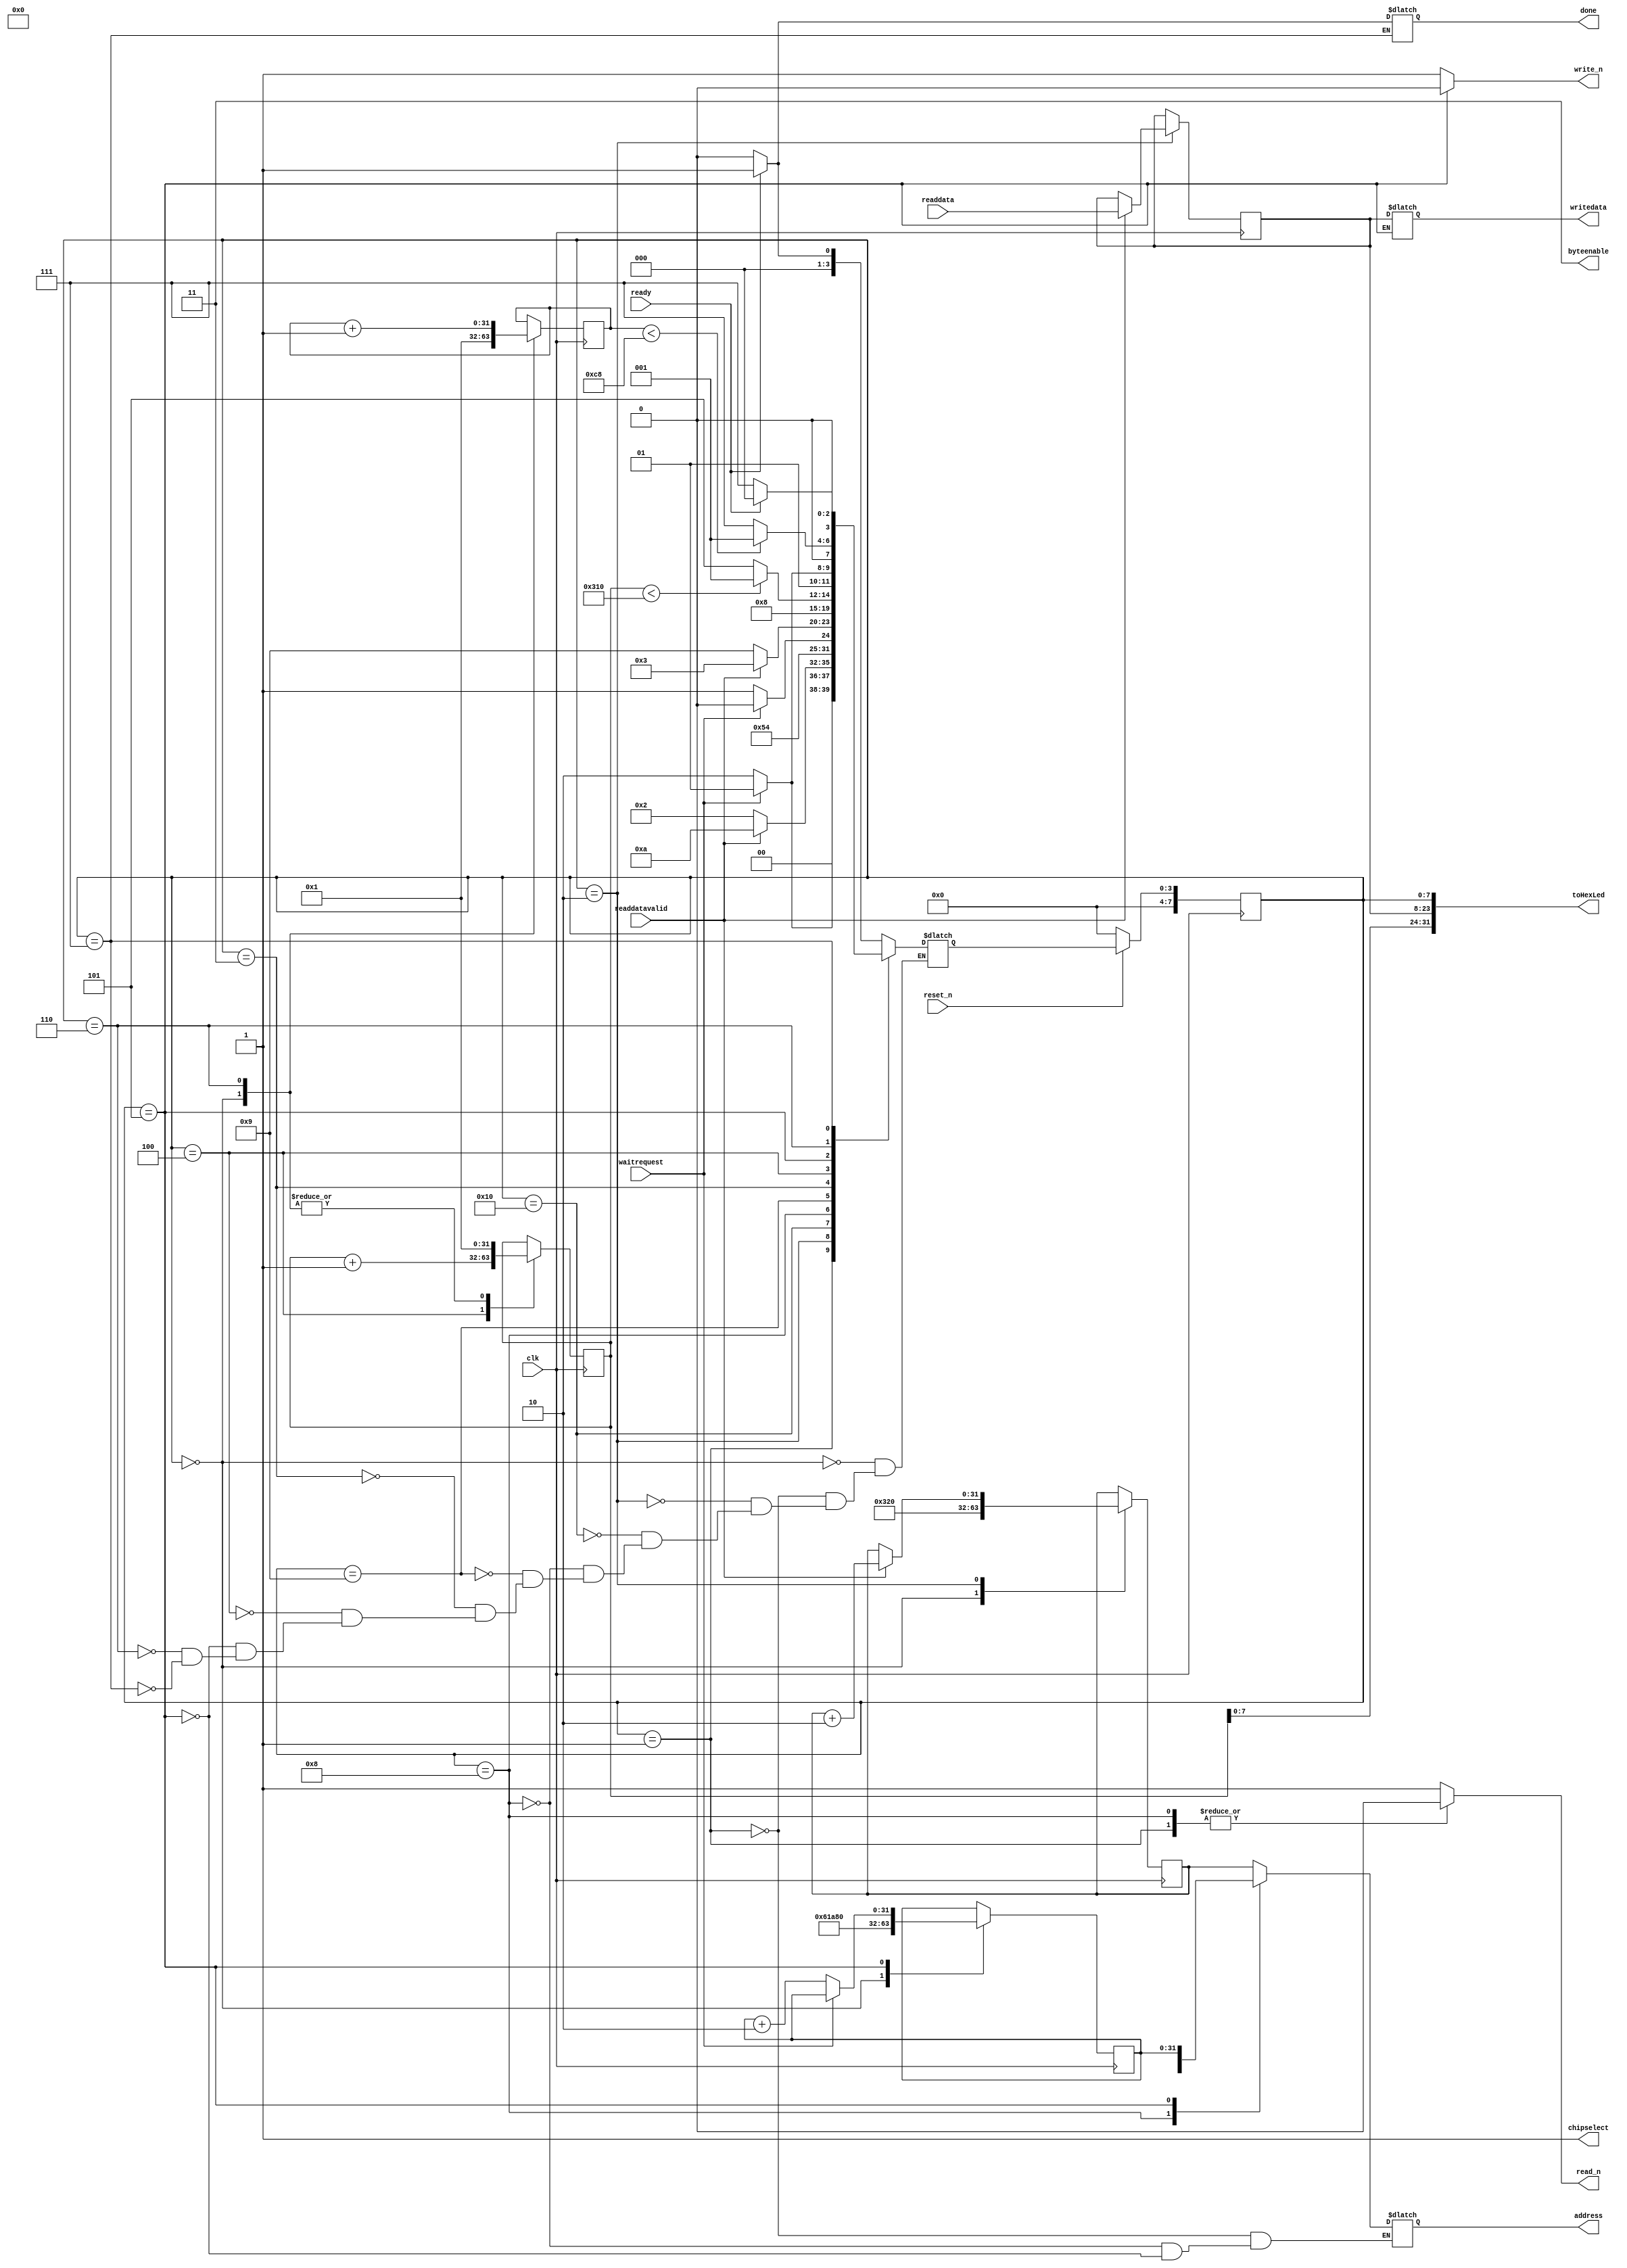
module read_w1(
input clk,
input reset_n,
input waitrequest,
input readdatavalid,
input [15:0] readdata,

output chipselect,
output [1:0] byteenable,
output reg read_n,
output reg write_n,

output reg [15:0] writedata,
output reg [31:0] address,

input ready,
output reg done,
output [31:0] toHexLed
);



	reg [15:0] data = 16'hF00D;
	reg [7:0] state;
	reg [7:0] nextstate = 0;
	reg [31:0] addr = 600_000;
	reg [31:0] addw = 650_000;
	reg [31:0] counter = 1;
	reg[31:0] counter2 = 1;
	reg [783:0] image;

	assign toHexLed = {counter,data,state};

	assign chipselect = 1;
	assign byteenable = 2'b11;

	localparam base_w1 = 32'd800;
	localparam base_layer1 = 32'd400_000;
	
	always @ (posedge clk)
	begin
		state <= nextstate;
		if(reset_n == 0)
		begin
			state <= 0;
		end
	end

	always @ (posedge clk)
	begin
		counter <= counter;
		counter2 <= counter2;
		addr <= addr;
		addw <= addw;
		
		case(state)
			8'h0:
			begin
				counter <= 1;
				counter2 <= 1;
				addr <= base_w1;
				addw <= base_layer1;
			end

			// Read request
			8'h1:
			begin

			end

			// Read request pt2
			8'h2:
			begin
				data <= (readdatavalid) ? readdata : data;
				addr <= (readdatavalid) ? addr + 2 : addr;
			end

			// add
			8'h3:
			begin
				total <= (1) ? data + total : total;
			end
			
			// increase counter until 784
			8'h4:
			begin
				counter <= counter + 1;
			end
			
			// Write request
			8'h5:
			begin
				addw <= (waitrequest) ? addw : addw + 2;
			end
			// cont2
			8'h6:
			begin
				total <= 0;
				counter <= 1;
				counter2 <= counter2 + 1;
			end
		endcase
	end

	always @ (*)
	begin
		read_n <= 1;
		write_n <= 1;
		address <= address;

		case(state [7:0])
			// Wait for ready == 1
			8'h0:
			begin
				nextstate <= (ready) ? 1 : 0;
			end

			// Read request
			8'h1:
			begin
				read_n <= 0;
				address <= addr;
				nextstate <= (!waitrequest) ? 2 : 1;
			end

			// Read request pt2
			8'h2:
			begin
				nextstate <= (readdatavalid) ? 10 : 2;
			end
			
			8'h10:
			begin
				nextstate <= (delay == 5) ? 8 : 10;
			end
			
			
			8'h8:
			begin
				read_n <= 0;
				address <= addr_img;
				nextstate <= (!waitrequest) ? 9: 8;
			end
			
			8'h9:
			begin
				nextstate <= (readdatavalid) ? 3: 9;
			end
			
			// add
			8'h3:
			begin
				nextstate <= 4;
			end
			
			// have we read 784 times
			8'h4:
			begin
				nextstate <= (counter < 784) ? 1: 5; //go back to reading weights
			end

			// Write Request
			8'h5:
			begin
				write_n <= 0;
				address <= addw;
				writedata <= data;
				nextstate <= (!waitrequest) ? 6 : 5;
			end

			// have we written 200 times
			8'h6:
			begin
				nextstate <= (counter2 < 200) ? 1 : 7;
			end
			
			8'h7:
			begin
				done <= (ready) ? 1 : 0;
				nextstate <= (!ready) ? 7 : 0;
			end
		endcase
	end

endmodule